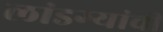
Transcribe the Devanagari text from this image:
लांडग्यांची